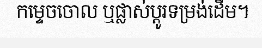
កម្ទេចចោល ឬផ្លាស់ប្តូរទម្រង់ដើម។